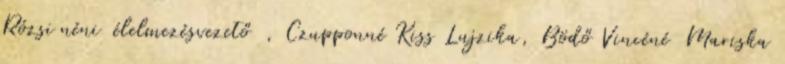
Rózsi néni élelmezésvezető , Czupponné Kiss Lujzika, Bödő Vincéné Mariska